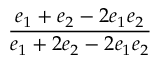
\displaystyle \frac { e _ { 1 } + e _ { 2 } - 2 e _ { 1 } e _ { 2 } } { e _ { 1 } + 2 e _ { 2 } - 2 e _ { 1 } e _ { 2 } }